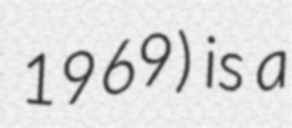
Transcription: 1969) is a